Report on horse surra - Volume I
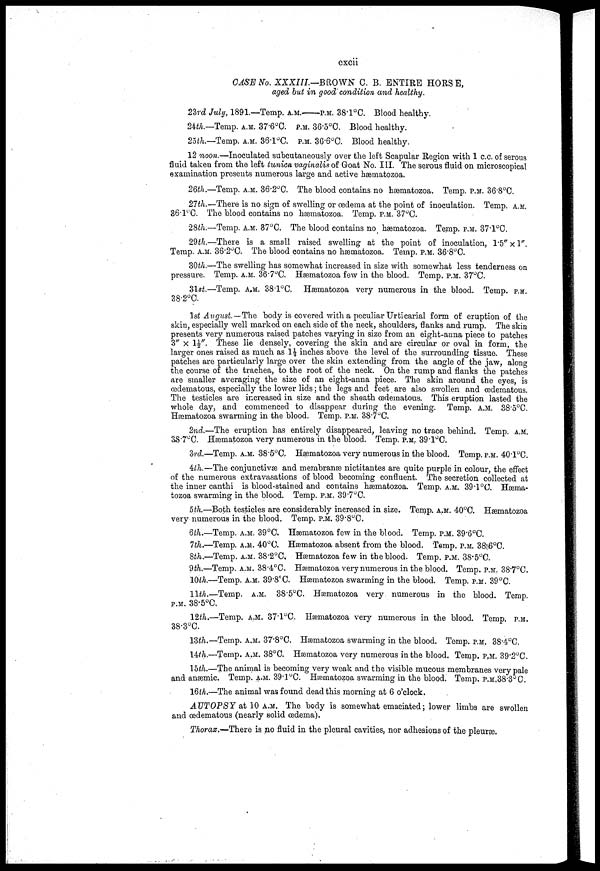
cxcii
CASE No. XXXIII.—BROWN C. B. ENTIRE HORSE,
aged but in good' condition and healthy.
23rd July, 1891.—Temp. A.M.—P.M. 38.l°C. Blood healthy.
24th.—Temp. A.M. 37.6°C. P.M. 36.5°C. Blood healthy.
25th.—Temp. A.M. 36.l°C. P.M. 36.6°C. Blood healthy.
12 noon.—Inoculated subcutaneously over the left Scapular Region with 1 c.c. of serous
fluid taken from the left tunica vaginalis of Goat No. III. The serous fluid on microscopical
examination presents numerous large and active hæmatozoa.
26th.—Temp. A.M. 36.2°C. The blood contains no hæmatozoa. Temp. P.M. 36.8°C.
27th.—There is no sign of swelling or oedema at the point of inoculation. Temp. A.M.
36.l°C. The blood contains no hæmatozoa. Temp. P.M. 37°C.
28th.—Temp. A.M. 37°C. The blood contains no. hæmatozoa. Temp. P.M. 37.l°C.
29th.—There is a small raised swelling at the point of inoculation, l.5"×l"
Temp. A.M. 36.2°C. The blood contains no hæmatozoa. Temp. P.M. 36.8°C.
30th.—The swelling has somewhat increased in size with somewhat less tenderness on
pressure. Temp. A.M. 36.7°C. Hæmatozoa few in the blood. Temp. P.M. 37°C.
31st.—Temp. A.M. 38.l°C, Hæmatozoa very numerous in the blood. Temp. P.M.
38.2°C
1st August—The body is covered with a peculiar Urticarial form of eruption of the
skin, especially well marked on each side of the neck, shoulders, flanks and rump. The skin
presents very numerous raised patches varying in size from an eight-anna piece to patches
3" × 1½". These lie densely, covering the skin and are circular or oval in form, the
larger ones raised as much as 1½ inches above the level of the surrounding tissue. These
patches are particularly large over the skin extending from the angle of the jaw, along
the course of the trachea, to the root of the neck. On the rump and flanks the patches
are smaller averaging the size of an eight-anna piece. The skin around the eyes, is
(Edematous, especially the lower lids; the legs and feet. are also swollen and œdematous.
The testicles are increased in size and the sheath œdematous. This eruption lasted the
whole day, and commenced to disappear during the evening. Temp. A.M. 38.5°C.
Hæmatozoa swarming in the blood. Temp. P.M. 38.7°C.
2nd.—The eruption has entirely disappeared, leaving no trace behind. Temp. A.M.
387°C. Hæmatozoa very numerous in the blood. Temp. P.M. 39.1°C.
3rd.—Temp. A.M. 38.5°C. Hæmatozoa very numerous in the blood. Temp. P.M. 40.l°C.
4th.—-The conjunctivas and membranæ nictitantes are quite purple in colour, the effect
of the numerous extravasations of blood becoming confluent. The secretion collected at
the inner canthi is blood-stained and contains hæmatozoa. Temp. A.M. 39.1°C. Hæma-
tozoa swarming in the blood. Temp. P.M. 39.7°C.
5th.—Both testicles are considerably increased in size. Temp. A.M. 40°C. Hæmatozoa
very numerous in the blood. Temp. P.M. 39.8°C.
6th.—Temp. A.M. 39°C. Hæmatozoa few in the blood. Temp. P.M. 39.6°C.
1th.—Temp. A.M. 40°C. Hæmatozoa absent from the blood. Temp. P.M. 38.6°C.
8th.—Temp. A.M. 38.2°C, Hæmatozoa few in the blood. Temp. P.M. 38.5°C.
9th.—Temp. A.M. 38.4°C. Hæmatozoa very numerous in the blood. Temp. P.M. 38.7°C.
10th.—Temp. A.M. 39.8°C. Hæmatozoa swarming in the blood. Temp. P.M. 39°C.
11th.—Temp. A.M. 38.5°C. Hæmatozoa very numerous in the blood. Temp.
P.M. 38.5°C,
12th.—Temp. A.M. 371°C. Hæmatozoa very numerous in the blood. Temp. P.M.
38.3°C.
13th.—Temp. A.M. 37.8°C. Hæmatozoa swarming in the blood. Temp. P.M. 38.4°C.
14th.—Temp. A.M. 38°C. Hæmatozoa very numerous in the blood. Temp. P.M. 39.2°C.
15th.—The animal is becoming very weak and the visible mucous membranes very pale
and anæmic. Temp. A.M. 39.1°C. Hæmatozoa swarming in the blood. Temp. P.M.38.3°C.
16th.—The animal was found dead this morning at 6 o'clock.
AUTOPSY at 10 A.M. The body is somewhat emaciated; lower limbs are swollen
and œdematous (nearly solid oedema).
Thorax.—There is no fluid in the pleural cavities, nor adhesions of the pleuræ.